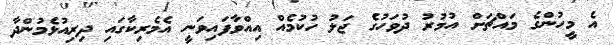
އެ މީހުންގެ މައްޗަށް އުމުރު ދުވަހުގެ ޖަލު ހުކުމެއް އިއްވާފައިވަނީ އެމެރިކާގައި ދިރިއުޅެމުންދާ